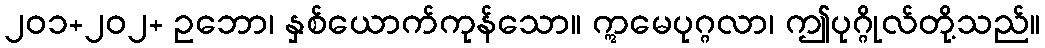
၂၀၁+၂၀၂+ ဥဘော၊ နှစ်ယောက်ကုန်သော။ ဣမေပုဂ္ဂလာ၊ ဤပုဂ္ဂိုလ်တို့သည်။